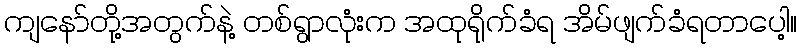
ကျနော်တို့အတွက်နဲ့ တစ်ရွာလုံးက အထုရိုက်ခံရ အိမ်ဖျက်ခံရတာပေါ့။